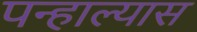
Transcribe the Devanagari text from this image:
पन्हाल्यास